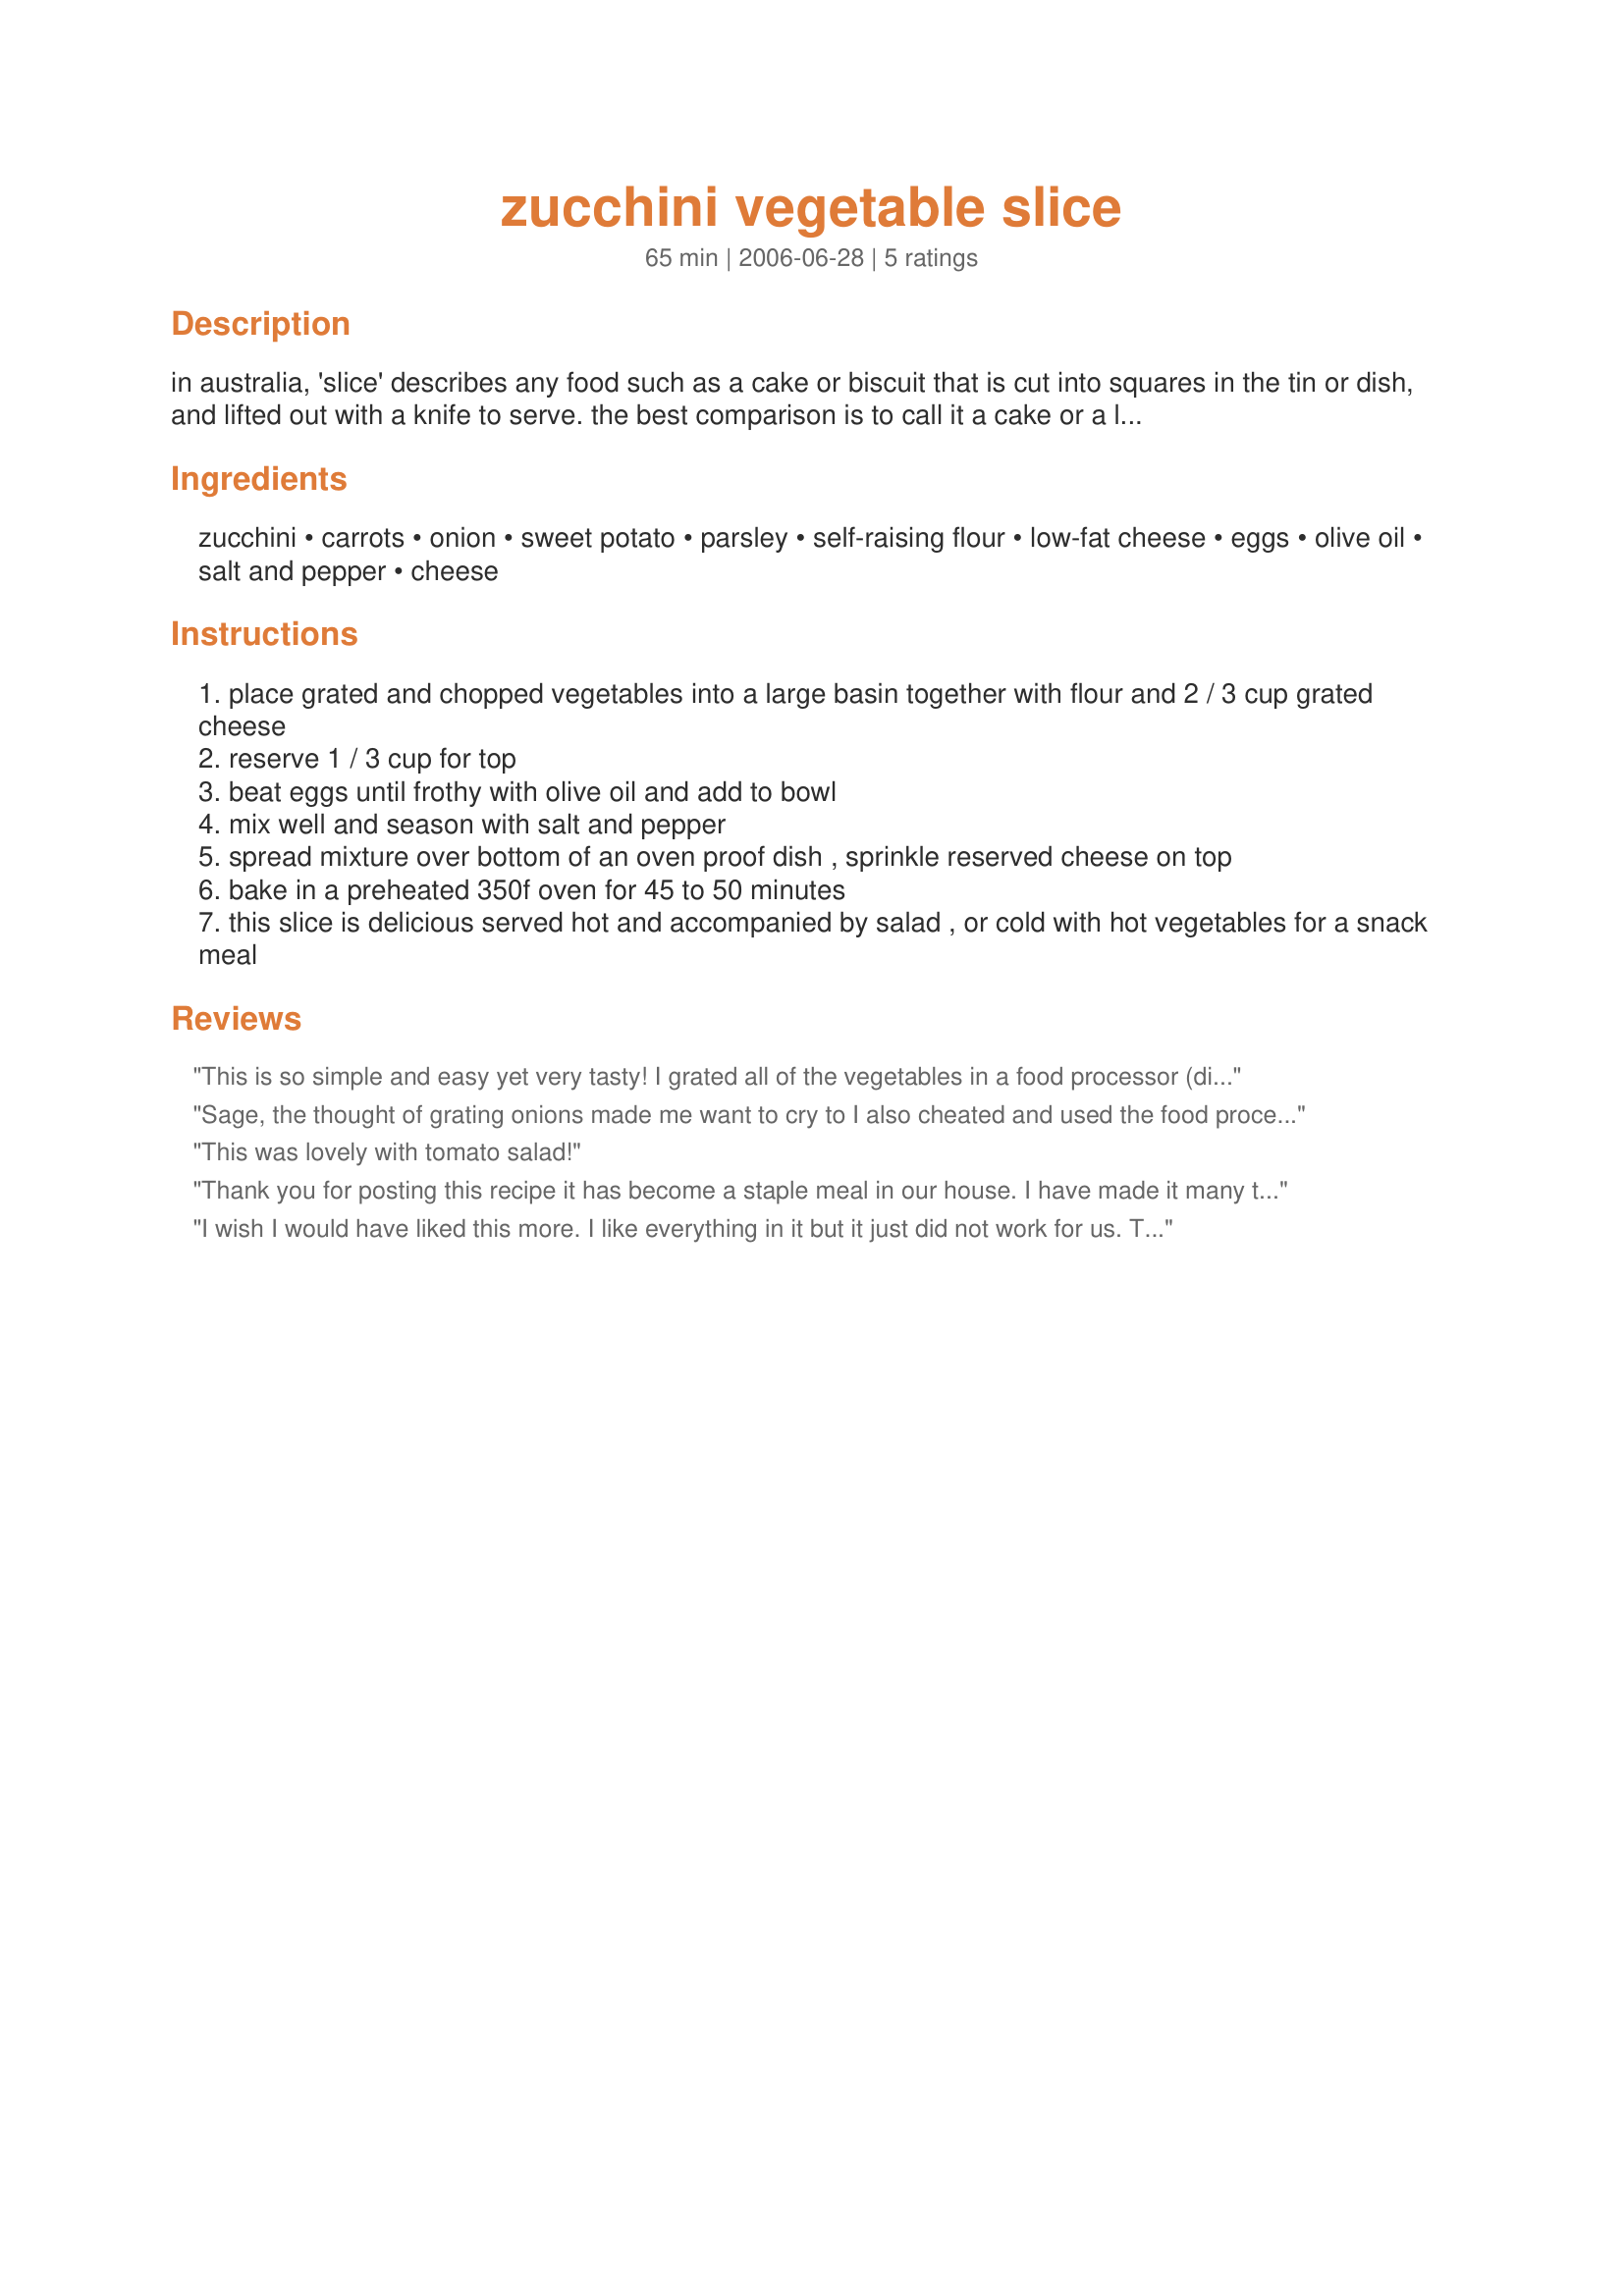
zucchini vegetable slice
Preparation time: 65 minutes

in australia, 'slice' describes any food such as a cake or biscuit that is cut into squares in the tin or dish, and lifted out with a knife to serve. the best comparison is to call it a cake or a loaf, but it is definitively a savoury dish to be served with either hot vegetables or salad, or on its own as a snack, perhaps with your favorite sauce.

Ingredients:
zucchini, carrots, onion, sweet potato, parsley, self-raising flour, low-fat cheese, eggs, olive oil, salt and pepper, cheese

Steps:
place grated and chopped vegetables into a large basin together with flour and 2 / 3 cup grated cheese
reserve 1 / 3 cup for top
beat eggs until frothy with olive oil and add to bowl
mix well and season with salt and pepper
spread mixture over bottom of an oven proof dish , sprinkle reserved cheese on top
bake in a preheated 350f oven for 45 to 50 minutes
this slice is delicious served hot and accompanied by salad , or cold with hot vegetables for a snack meal

Reviews:
This is so simple and easy yet very tasty! I grated all of the vegetables in a food processor (ditto the cheese)...followed the recipe but realised just as I put the slice in the oven that I'd forgotten the parsley (ooops). Next time I'll be sure to add the parsley. Thanks Rita for another winner!
Sage, the thought of grating onions made me want to cry to I also cheated and used the food processor. It did the job super quick and this was in the oven in now time at all. I have my own very similar recipe, not yet posted: but not the same, my finished product is a mixture little bit dryer than yours and maybe it's the way I've been used to eating this, but I prefer it ever so slightly my old way. Having said that, this is a wonderful recipe that I shared with friends and they came back for seconds, without a problem :) Please see my rating system, a wonderful 5 stars for an easy, quick and tasty way to eat veggies... even my fussy 17 month old had several spoonfuls :) Thanks !
This was lovely with tomato salad!
Thank you for posting this recipe it has become a staple meal in our house. I have made it many times now, somtimes changing the veges around and it always works out great. I like to add bacon, sweetcorn and finely sliced red capsicum as well. Having a food processor really helps speed up the prep!!

I wish I would have liked this more. I like everything in it but it just did not work for us. There were 6 of us eating it and no one really liked it. Maybe I will try it again and add bacon and corn as someone suggested in their review. Made for ZWT5 for the Cooks with Dirty Faces. Thanks
